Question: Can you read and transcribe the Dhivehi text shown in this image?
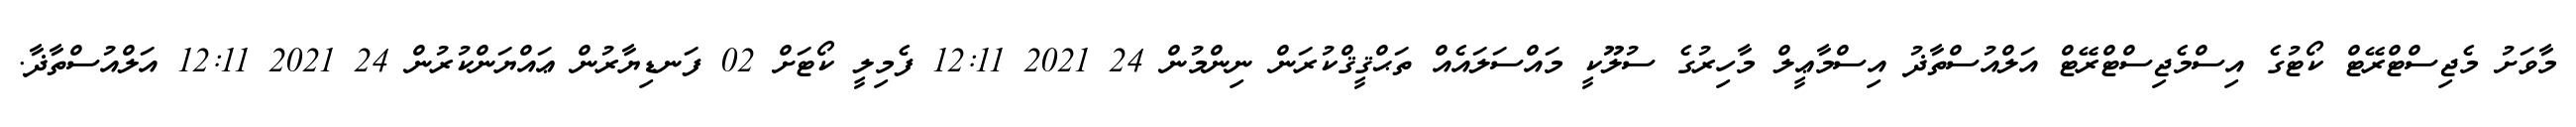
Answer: މާވަށު މެޖިސްޓްރޭޓް ކޯޓުގެ އިސްމެޖިސްޓްރޭޓް އަލްއުސްތާޛު އިސްމާޢީލް މާހިރުގެ ސުލޫކީ މައްސަލައެއް ތަޙްޤީޤްކުރަން ނިންމުން 24 2021 12:11 ފެމިލީ ކޯޓަށް 02 ފަނޑިޔާރުން ޢައްޔަންކުރުން 24 2021 12:11 އަލްއުސްތާޛާ.